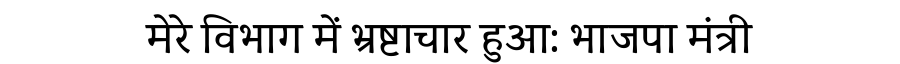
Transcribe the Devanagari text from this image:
मेरे विभाग में भ्रष्टाचार हुआ: भाजपा मंत्री